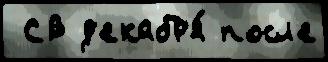
 СВ д'екабр'я́ посл'е